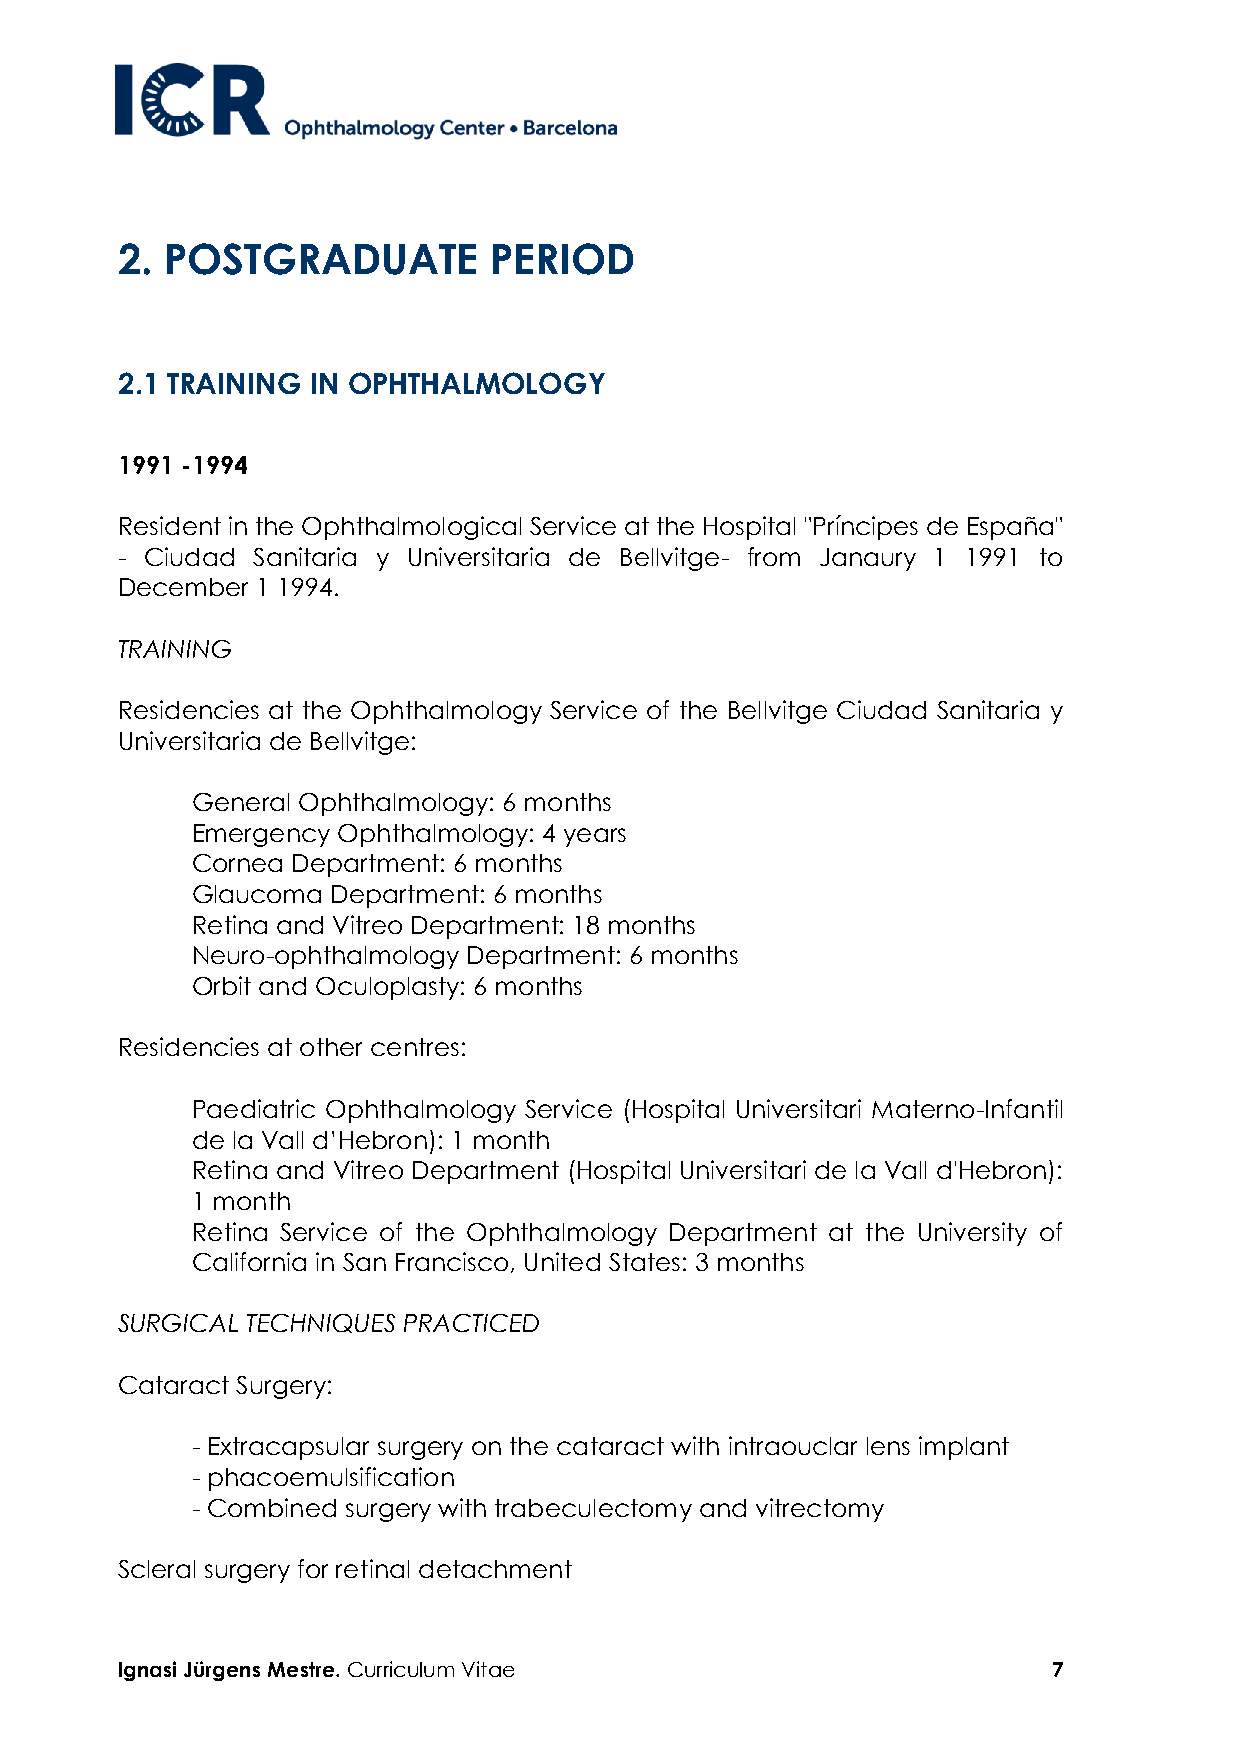
2. POSTGRADUATE         PERIOD
 2.1 TRAINING IN OPHTHALMOLOGY
 1991 -1994
 Resident in the Ophthalmological Service at the Hospital "Príncipes de España"
 - Ciudad Sanitaria y Universitaria de Bellvitge- from Janaury 1 1991 to
 December 1 1994.
 TRAINING
 Residencies at the Ophthalmology Service of the Bellvitge Ciudad Sanitaria y
 Universitaria de Bellvitge:
 General Ophthalmology: 6 months
 Emergency Ophthalmology: 4 years
 Cornea Department: 6 months
 Glaucoma Department: 6 months
 Retina and Vitreo Department: 18 months
 Neuro-ophthalmology Department: 6 months
 Orbit and Oculoplasty: 6 months
 Residencies at other centres:
 Paediatric Ophthalmology Service (Hospital Universitari Materno-Infantil
 de la Vall d’Hebron): 1 month
 Retina and Vitreo Department (Hospital Universitari de la Vall d'Hebron):
 1 month
 Retina Service of the Ophthalmology Department at the University of
 California in San Francisco, United States: 3 months
 SURGICAL TECHNIQUES PRACTICED
 Cataract Surgery:
 - Extracapsular surgery on the cataract with intraouclar lens implant
 - phacoemulsification
 - Combined surgery with trabeculectomy and vitrectomy
 Scleral surgery for retinal detachment
 Ignasi Jürgens Mestre. Curriculum Vitae                       7